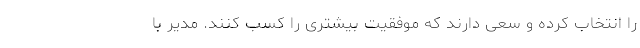
را انتخاب کرده‌ و سعی دارند که موفقیت بیشتری را کسب کنند. مدیر با